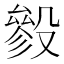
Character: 𣪶